Vaccination in Bombay 1869-1873 - 1869-1873
Year: 1869
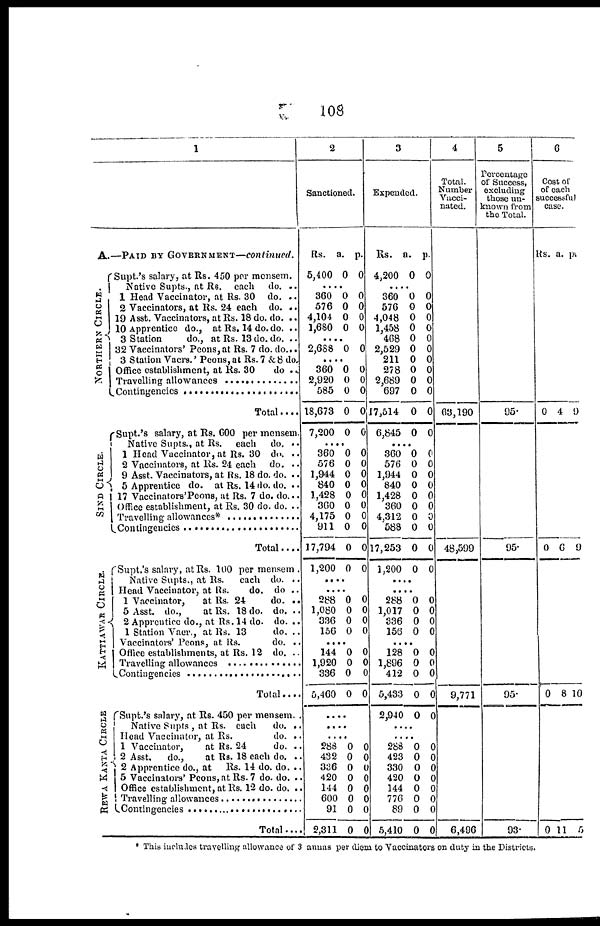
108
1
A.—PAID BY GOVERNMENT—continued.
NORTHERN CIRCLE.
SIND CIRCLE.
KATTIAWAR CIRCLE.
REWA KANTA CIRCLE
Supt.'s salary, at Rs. 450 per mensem.
Native Supts., at Re. each
do. ..
1 Head Vaccinator, at Rs. 30 do. ..
2 Vaccinators, at Rs. 24 each do. ..
19 Asst. Vaccinators, at Rs. 18 do. do. ..
10 Apprentice do., at Rs. 14 do. do. ..
3 Station
do., at Rs. 13 do. do. ..
32 Vaccinators' Peons,at Rs. 7 do. do...
3 Station Vacrs.' Peons, at Rs. 7 &8 do.
Office establishment, at Rs. 30
do. ..
Travelling allowances ........................
Contingencies ............................
Total....
Supt.'s salary, at Rs. 600 per mensem.
Native Supts., at Rs.
each
do. ..
1 Head Vaccinator, at Rs. 30 d0. ..
2 Vaccinators, at Rs. 24 each
do. ..
9 Asst. Vaccinators, at Rs. 18 do. do. ..
5 Apprentice do. at Rs. 14 do. do. ..
17 Vaccinators'Peons, at Rs. 7 do. do...
Office establishment, at Rs. 30 do. do. ..
Travelling allowances* ....................
Contingencies ................................
Total....
Supt.'s salary, at Rs. 100 per mensem .
Native Supts., at Rs.
each do. ..
Head Vaccinator, at Rs.
do. do ..
1 Vaccinator,
at Rs. 24
do. ..
5 Asst. do.,
at Rs. 18 do. do. ..
2 Apprentice do., at Rs.14 do. do. ..
1 Station Vacr , at Rs. 13
do. ..
Vaccinators' Peons, at Rs.
do. ..
Office establishments, at Rs. 12 do. ..
Travelling allowances ........................
Contingencies ....................
Total....
Supt.'s salary, at Rs. 450 per mensem. ..
Native Supts , at Rs. each
do. ..
Head Vaccinator, at Rs.
do. ..
1 Vaccinator,
at Rs. 24
do. ..
2 Asst.
do.,
at Rs. 18 each do. ..
2 Apprentice do., at
Rs. 14 do. do. ..
5 Vaccinators' Peons,at Rs.7 do. do. ..
Office establishment, at Rs. 12 do. do. ..
Travelling allowances ....................
Contingencies ................................
Total....
2
Sanctioned.
Rs.
5,400
a.
0
p.
0
....
360
576
4,104
1,680
0
0
0
0
0
0
0
0
....
2,688 0 0
....
360
2,920
585
18,673
7,200
0
0
0
0
0
0
0
0
0
0
....
360
576
1,944
840
1,428
360
4,175
911
17,794
1,200
0
0
0
0
0
0
0
0
0
0
0
0
0
0
0
0
0
0
0
0
....
....
288
1,080
336
156
0
0
0
0
0
0
0
0
....
144
1,920
336
5,460
0
0
0
0
0
0
0
0
....
....
....
288
432
336
420
144
600
91
2,311
0
0
0
0
0
0
0
0
0
0
0
0
0
0
0
0
3
Expended.
Rs.
4,200
a.
0
p.
0
....
360
576
4,048
1,458
408
2,529
211
278
2,689
697
17,514
6,845
0
0
0
0
0
0
0
0
0
0
0
0
0
0
0
0
0
0
0
0
0
0
0
0
....
360
576
1,944
840
1,428
360
4,312
588
17,253
1,200
0
0
0
0
0
0
0
0
0
0
0
0
0
0
0
0
0
0
0
0
....
....
288
1,017
336
156
0
0
0
0
0
0
0
0
....
128
1,896
412
5,433
2,940
0
0
0
0
0
0
0
0
0
0
....
....
288
423
330
420
144
776
89
5,410
0
0
0
0
0
0
0
0
0
0
0
0
0
0 0
0
4
Total.
Number
Vacci¬
nated.
63,190
48,599
9,771
6,496
5
Percentage
of Success,
excluding
those un-
known from
the Total.
95.
95.
95.
93.
6
Cost of
of each
successful
case.
Rs. a. p.
0 4 9
0 6 9
0
8 10
0 11 5
* This includes travelling allowance of 3 annas per diem to Vaccinators on duty in the Districts.